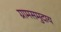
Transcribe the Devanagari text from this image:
ग्रामसमुदाय